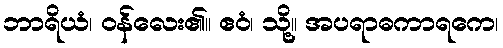
ဘာရိယံ၊ ဝန်လေး၏။ ဧဝံ၊ သို့။ အပရာဓကာရကေ၊